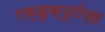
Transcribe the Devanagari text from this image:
एक्झुक्यूटीव्ह